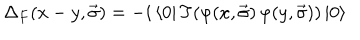
LaTeX: { \Delta } _ { F } ( x - y , \vec { \sigma } ) = - i \left< 0 \right| T ( \varphi ( x , \vec { \sigma } ) \, \varphi ( y , \vec { \sigma } ) ) \left| 0 \right>